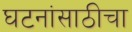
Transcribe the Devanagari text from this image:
घटनांसाठीचा